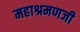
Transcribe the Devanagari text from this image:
महाश्रमणजी